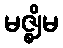
မဇ္ဈိမ